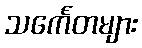
သင်္ကေတများ